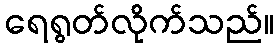
ရေရွတ်လိုက်သည်။